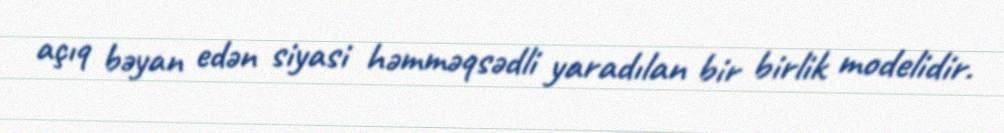
açıq bəyan edən siyasi həmməqsədli yaradılan bir birlik modelidir.